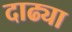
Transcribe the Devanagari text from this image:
दाढ्या